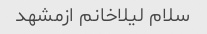
سلام لیلاخانم ازمشهد